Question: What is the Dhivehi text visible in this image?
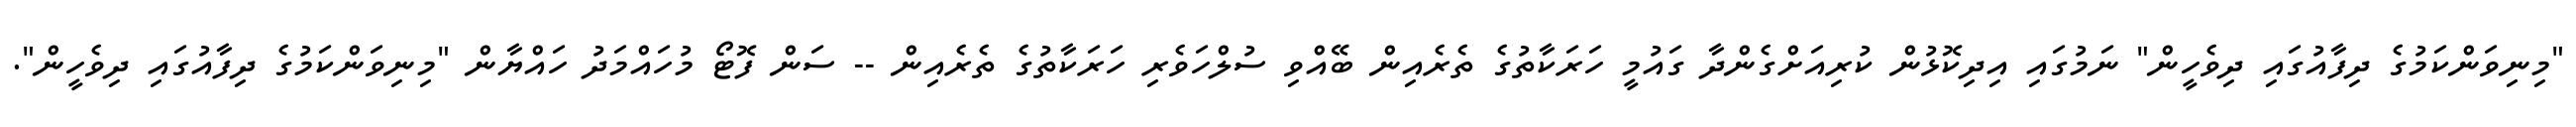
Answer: "މިނިވަންކަމުގެ ދިފާއުގައި ދިވެހީން" ނަމުގައި އިދިކޮޅުން ކުރިއަށްގެންދާ ގައުމީ ހަރަކާތުގެ ތެރެއިން ބޭއްވި ސުލްހަވެރި ހަރަކާތުގެ ތެރެއިން -- ސަން ފޮޓޯ މުހައްމަދު ހައްޔާން "މިނިވަންކަމުގެ ދިފާއުގައި ދިވެހީން".